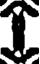
1